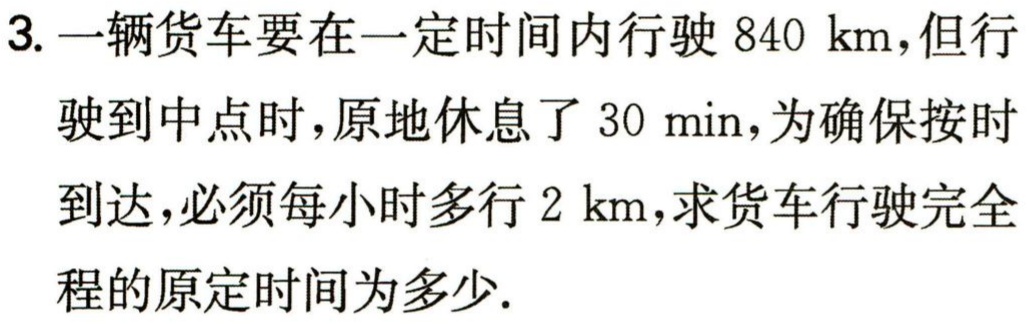
3. 一辆货车要在一定时间内行驶 \(840\ \text{km}\)，但行驶到中点时，原地休息了 \(30\ \text{min}\)，为确保按时到达，必须每小时多行 \(2\ \text{km}\)，求货车行驶完全程的原定时间为多少.